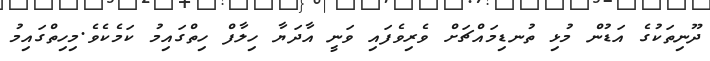
ދޫނިތަކުގެ އަޑުން މުޅި ތުނޑިމައްޗަށް ވެރިވެފައި ވަނީ އާދަޔާ ހިލާފް ހިތްގައިމު ކަމެކެވެ.މިހިތްގައިމު